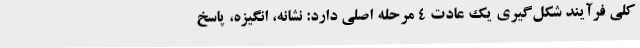
کلی فرآیند شکل‌گیری یک عادت 4 مرحله اصلی دارد: نشانه، انگیزه، پاسخ